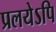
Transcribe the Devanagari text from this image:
प्रलयेऽपि